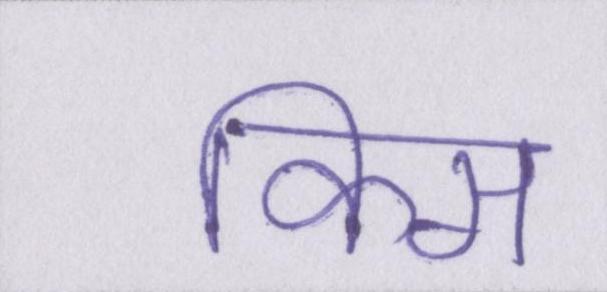
किस